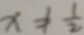
x \neq \frac { 1 } { 2 }